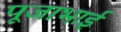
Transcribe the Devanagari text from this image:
पूजाभाई